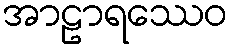
အာဠာရဿေဝ